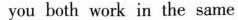
you both work in the same